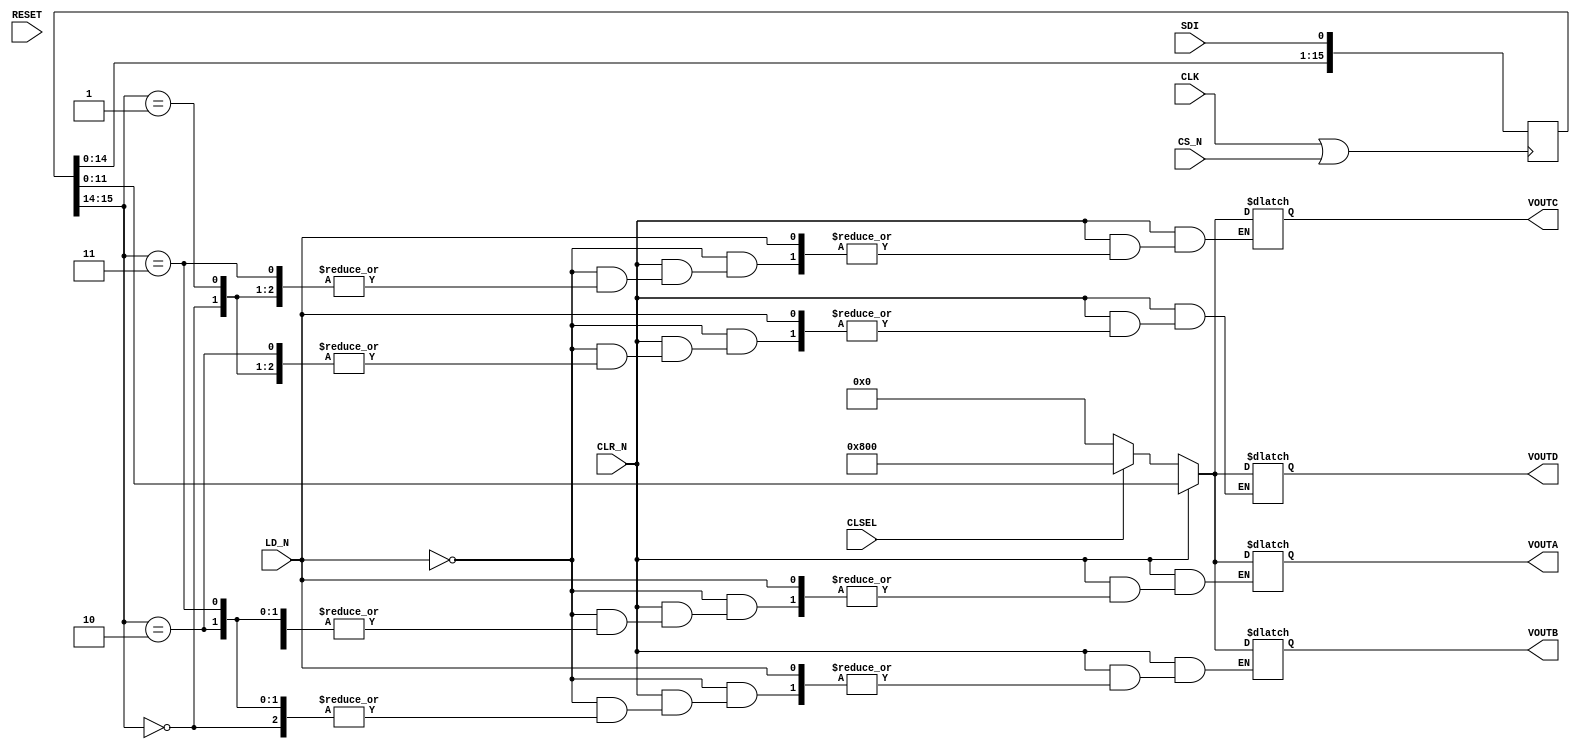
module DAC8420 (VOUTA, VOUTB, VOUTC, VOUTD, SDI, CLK, CS_N, LD_N, CLR_N, CLSEL, RESET);

   input                SDI;				// serial data in
   input                CLK;				// serial data clock

   input                CS_N;				// chip select
   input                LD_N;				// DAC load strobe

   input                CLR_N;				// DAC clear strobe
   input		CLSEL;				// clear command select

   input                RESET;				// system reset

   output [11:00]	VOUTA;				// DAC A output voltage
   output [11:00]	VOUTB;				// DAC B output voltage
   output [11:00]	VOUTC;				// DAC C output voltage
   output [11:00]	VOUTD;				// DAC D output voltage


// *******************************************************************************************************
// **   DECLARATIONS                                                            			**
// *******************************************************************************************************

   reg  [15:00]         ShiftRegister;         		// serial shift register
   wire			ShiftClock;			// shift register clock

   reg  [11:00]         VOUTA;              		// DAC A output voltage
   reg  [11:00]         VOUTB;              		// DAC B output voltage
   reg  [11:00]         VOUTC;              		// DAC C output voltage
   reg  [11:00]         VOUTD;              		// DAC D output voltage


// *******************************************************************************************************
// **   INITIALIZATION                                                          			**
// *******************************************************************************************************

   initial begin
      VOUTA = 12'hXXX;
      VOUTA = 12'hXXX;
      VOUTA = 12'hXXX;
      VOUTA = 12'hXXX;
   end


// *******************************************************************************************************
// **   CORE LOGIC 											**
// *******************************************************************************************************

   assign ShiftClock = CLK | CS_N;

   always @(posedge ShiftClock) begin
      ShiftRegister[00] <= SDI;
      ShiftRegister[01] <= ShiftRegister[00];
      ShiftRegister[02] <= ShiftRegister[01];
      ShiftRegister[03] <= ShiftRegister[02];
      ShiftRegister[04] <= ShiftRegister[03];
      ShiftRegister[05] <= ShiftRegister[04];
      ShiftRegister[06] <= ShiftRegister[05];
      ShiftRegister[07] <= ShiftRegister[06];
      ShiftRegister[08] <= ShiftRegister[07];
      ShiftRegister[09] <= ShiftRegister[08];
      ShiftRegister[10] <= ShiftRegister[09];
      ShiftRegister[11] <= ShiftRegister[10];
      ShiftRegister[12] <= ShiftRegister[11];
      ShiftRegister[13] <= ShiftRegister[12];
      ShiftRegister[14] <= ShiftRegister[13];
      ShiftRegister[15] <= ShiftRegister[14];
   end

   always @(LD_N or CLR_N or CLSEL or ShiftRegister) begin
      if (CLR_N == 0) begin
         if (CLSEL == 0) begin
            VOUTA = 12'h000;
            VOUTB = 12'h000;
            VOUTC = 12'h000;
            VOUTD = 12'h000;
         end
         else begin
            VOUTA = 12'h800;
            VOUTB = 12'h800;
            VOUTC = 12'h800;
            VOUTD = 12'h800;
         end
      end
      else if (LD_N == 0) begin
         case (ShiftRegister[15:14])
            2'b00 : VOUTA = ShiftRegister[11:00];
            2'b01 : VOUTB = ShiftRegister[11:00];
            2'b10 : VOUTC = ShiftRegister[11:00];
            2'b11 : VOUTD = ShiftRegister[11:00];
         endcase
      end
   end


// *******************************************************************************************************
// **   TIMING CHECKS                                                           			**
// *******************************************************************************************************

   specify
      specparam
         tCL  = 120,             			// CLK pulse width - low
         tCH  = 90,             			// CLK pulse width - high 
         tDS  = 25,             			// SDI to CLK setup time
         tDH  = 55,             			// SDI to CLK hold time
         tCSS = 90,              			// CS_N to CLK setup time
         tCSH = 5,             				// CS_N to CLK hold time
         tLD1 = 130,             			// LD_N to CLK setup time
         tLD2 = 35,             			// LD_N to CLK hold time
         tLDW = 80,             			// LD_N pulse width - low
         tCLRW = 150;              			// CLR_N pulse width - low

      $width (posedge CLK, tCH);
      $width (negedge CLK, tCL);
      $width (negedge LD_N,  tLDW);
      $width (negedge CLR_N, tCLRW);

      $setup (SDI,  posedge CLK &&& (RESET==0), tDS);
      $setup (CS_N, posedge CLK &&& (RESET==0), tCSS);
      $setup (LD_N, posedge CLK &&& (RESET==0), tLD1);

      $hold  (posedge CLK &&& (RESET==0), SDI,  tDH);
      $hold  (posedge CLK &&& (RESET==0), CS_N, tCSH);
      $hold  (posedge CLK &&& (RESET==0), LD_N, tLD2);
   endspecify

endmodule